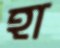
হা